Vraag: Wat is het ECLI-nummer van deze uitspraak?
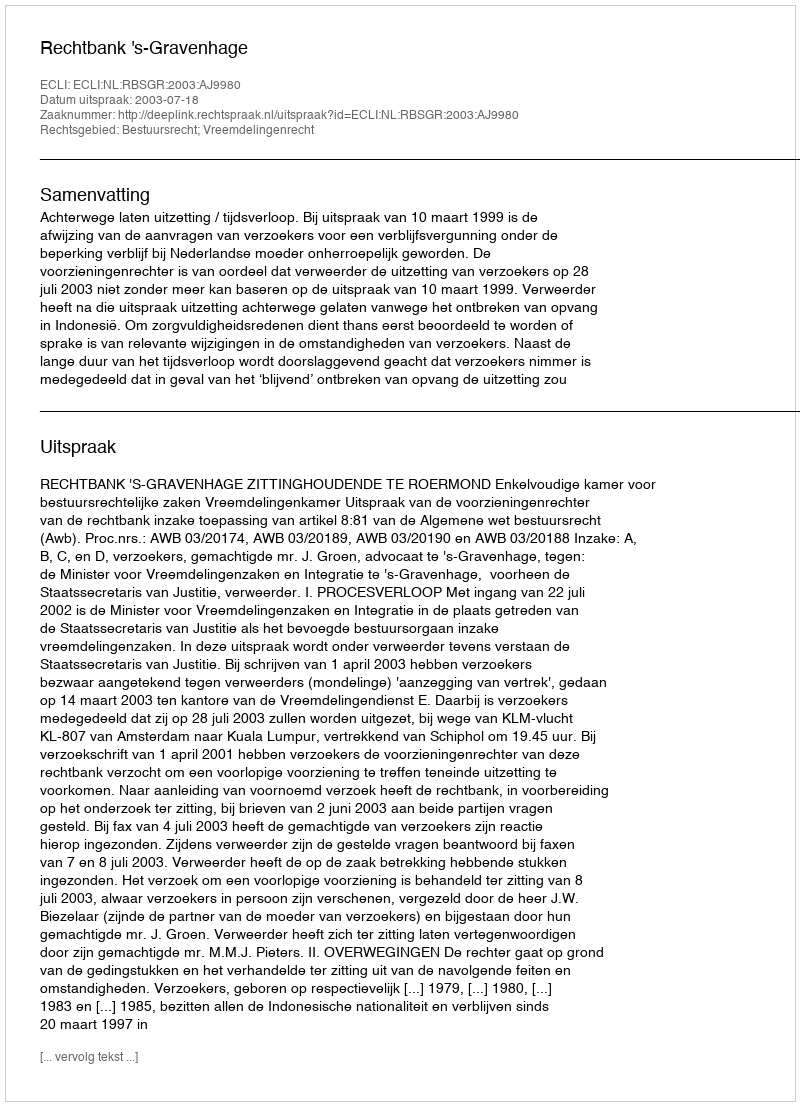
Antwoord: ECLI:NL:RBSGR:2003:AJ9980